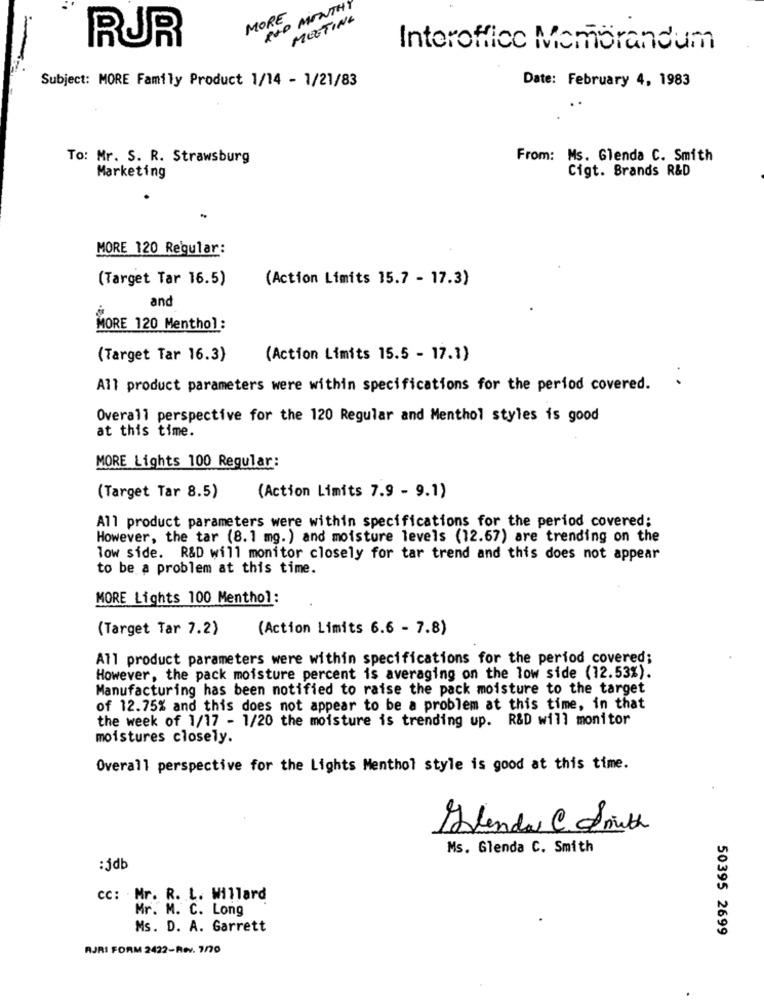
ROD MONTHY
MORE
MEETING
RUR
Interoffice Memorandum
Subject: MORE Family Product 1/14 - 1/21/83
Date: February 4, 1983
To: Mr. S. R. Strawsburg
From: Ms. Glenda C. Smith
Cigt. Brands R&D
Marketing
MORE 120 Regular:
(Target Tar 16.5)
(Action Limits 15.7 - 17.3)
and
MORE 120 Menthol:
(Target Tar 16.3)
(Action Limits 15.5 - 17.1)
.
All product parameters were within specifications for the period covered.
Overall perspective for the 120 Regular and Menthol styles is good
at this time.
MORE Lights 100 Regular:
(Target Tar 8.5)
(Action Limits 7.9 - 9.1)
All product parameters were within specifications for the period covered;
However, the tar (8.1 mg. ) and moisture levels (12.67) are trending on the
low side. R&D will monitor closely for tar trend and this does not appear
to be a problem at this time.
MORE Lights 100 Menthol:
(Target Tar 7.2)
(Action Limits 6.6 - 7.8)
All product parameters were within specifications for the period covered;
However, the pack moisture percent is averaging on the low side (12.53%).
Manufacturing has been notified to raise the pack moisture to the target
of 12.75% and this does not appear to be a problem at this time, in that
the week of 1/17 - 1/20 the moisture is trending up. R&D will monitor
moistures closely.
Overall perspective for the Lights Menthol style is good at this time.
Glenda@Smith
Ms. Glenda C. Smith
:jdb
CC: Mr. R. L. Willard
Mr. M. C. Long
Ms. D. A. Garrett
50395 2699
AJRI FORM 2422-Rev. 7/70